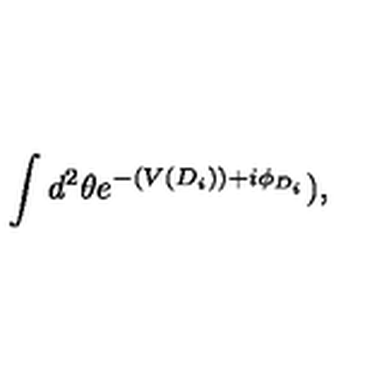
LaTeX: \int d ^ { 2 } \theta e ^ { - ( V ( D _ { i } ) ) + i \phi _ { D _ { i } } } ) ,